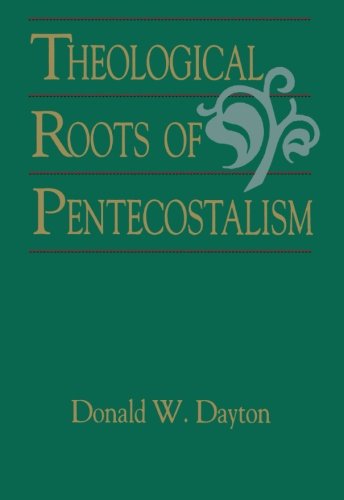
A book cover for Theological Roots of Pentecostalism; Donald W. Dayton; Christian Books & Bibles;